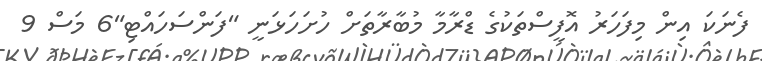
ފެނަކަ އިން މިފަހަރު އޮފީސްތަކުގެ ޑްރާމާ މުބާރާތަށް ހުށަހަޅަނީ "ފަންސަހައްޓި"6 މަސް 9